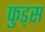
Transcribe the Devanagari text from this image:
फुड्स